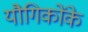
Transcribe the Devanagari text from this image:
यौगिकोंके